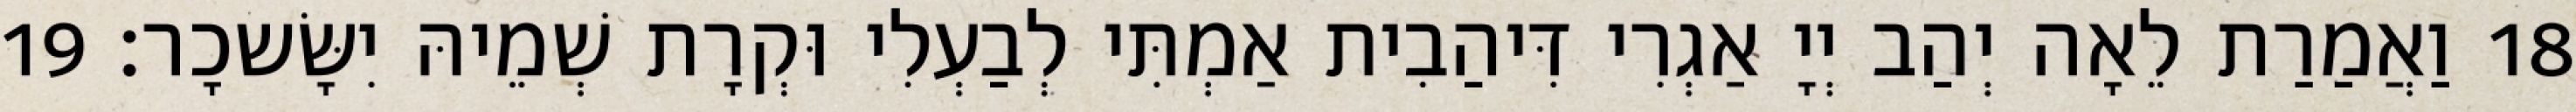
18 וַאֲמַרַת לֵאָה יְהַב יְיָ אַגְרִי דִּיהַבִית אַמְתִּי לְבַעְלִי וּקְרָת שְׁמֵיהּ יִשָּׂשכָר׃ 19